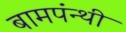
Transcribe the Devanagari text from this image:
बामपंन्थी